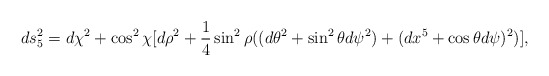
\begin{align*}ds_{5}^{2} = d\chi^2 + \cos^2\chi [ d\rho^2 + \frac{1}{4}\sin^2\rho((d\theta^2 + \sin^2\theta d\psi^2) + (dx^{5} + \cos\theta d\psi)^2) ],\end{align*}